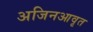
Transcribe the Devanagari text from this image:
अजिनआवृत